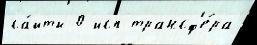
са́йты 0 исп трансф'е́ра